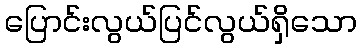
ပြောင်းလွယ်ပြင်လွယ်ရှိသော